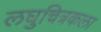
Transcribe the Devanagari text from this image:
लघुचित्रकला